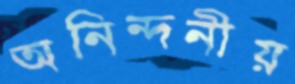
অনিন্দনীয়